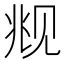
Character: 𬢋